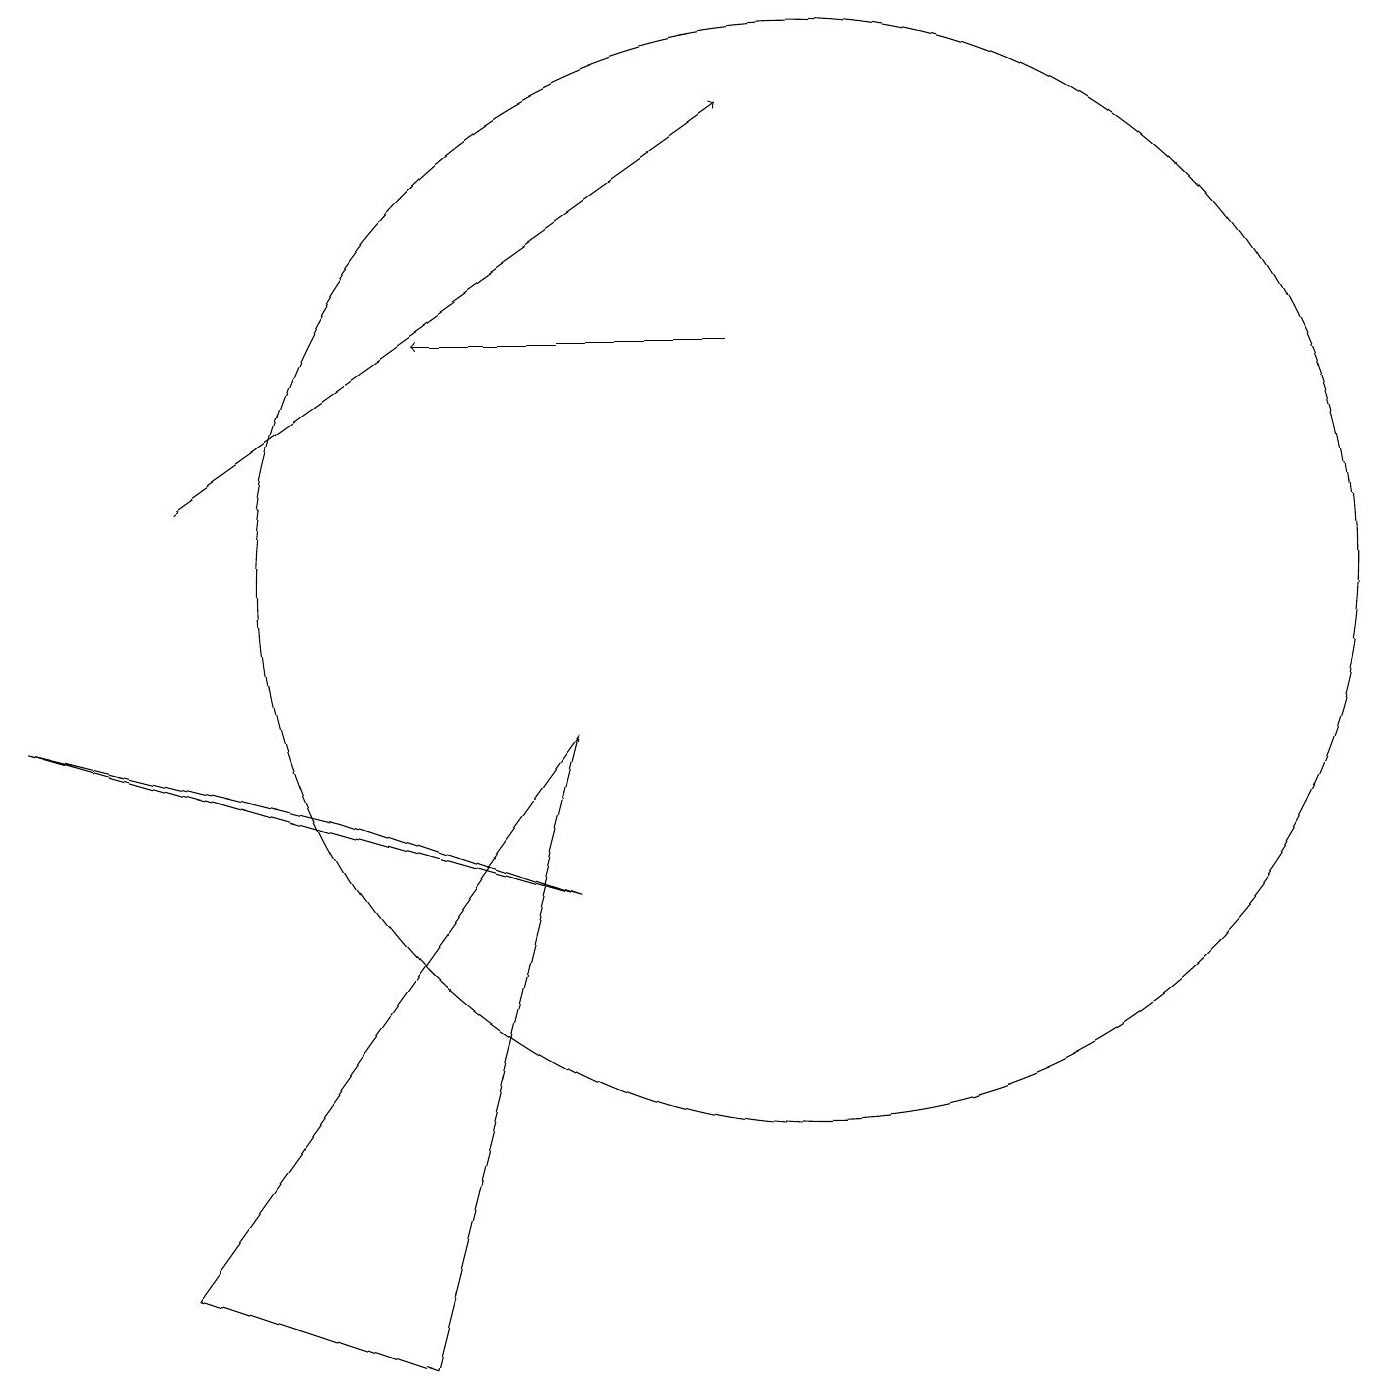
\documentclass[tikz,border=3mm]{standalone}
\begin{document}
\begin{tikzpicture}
\draw (7,8) -- (5,0) -- (2,1) -- cycle;
\draw (10,10) circle (7);
\draw[->] (9,13) -- (5,13);
\draw (4,7) -- (0,8) -- (7,6) -- cycle;
\draw[->] (2,11) -- (9,16);
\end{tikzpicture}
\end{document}